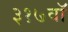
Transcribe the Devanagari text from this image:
३१७वॉ